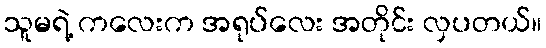
သူမရဲ့ ကလေးက အရုပ်လေး အတိုင်း လှပတယ်။